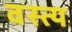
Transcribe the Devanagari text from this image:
वस्त्य